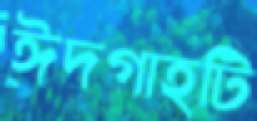
ঈদগাহটি